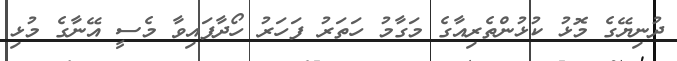
ދުނިޔޭގެ މޮޅު ކުޅުންތެރިއާގެ މަގާމު ހަތަރު ފަހަރު ހޯދާފައިވާ މެސީ އޭނާގެ މުޅި